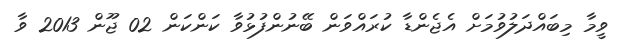
ވީމާ މިބައްދަލުވުމަށް އެޖެންޑާ ކުރައްވަން ބޭނުންފުޅުވާ ކަންކަން 02 ޖޫން 2013 ވާ